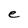
Character: e